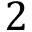
2